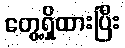
တွေ့ရှိထားပြီး